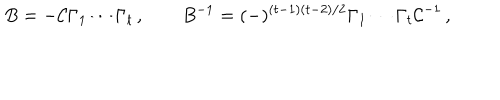
B = - { \cal C } \Gamma _ { 1 } \cdots \Gamma _ { t } \, , \qquad B ^ { - 1 } = ( - ) ^ { ( t - 1 ) ( t - 2 ) / 2 } \Gamma _ { 1 } \cdots \Gamma _ { t } { \cal C } ^ { - 1 } \, ,